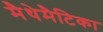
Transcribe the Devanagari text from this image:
मैथेमैटिका